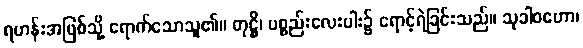
ရဟန်းအဖြစ်သို့ ရောက်သောသူ၏။ တုဋ္ဌိ၊ ပစ္စည်းလေးပါး၌ ရောင့်ရဲခြင်းသည်။ သုခါဝဟော၊